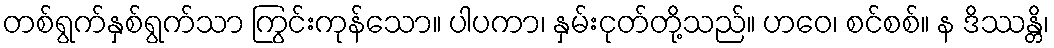
တစ်ရွက်နှစ်ရွက်သာ ကြွင်းကုန်သော။ ပါပကာ၊ နှမ်းငုတ်တို့သည်။ ဟဝေ၊ စင်စစ်။ န ဒိဿန္တိ၊